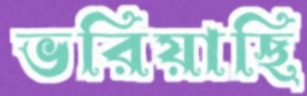
ভরিয়াছি